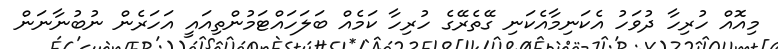
މިއޮއް ހުރިހާ ދުވަހު އެކަނިމާއެކަނި ގޭތެރޭގެ ހުރިހާ ކަމެއް ބަލަހައްޓަމުންތިއައީ އަހަރެން ނުބުނާނަން